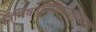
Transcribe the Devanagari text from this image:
निमिषन्निमिषार्ध्वाद्वा